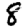
Digit: 8